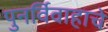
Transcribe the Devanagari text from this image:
पुनर्विवाहाचे